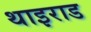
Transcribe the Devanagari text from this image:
थाइराड